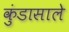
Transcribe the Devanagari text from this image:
कुंडासाले